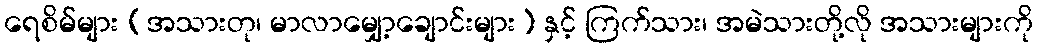
ရေစိမ်များ (အသားတု၊ မာလာမျှော့ချောင်းများ) နှင့် ကြက်သား၊ အမဲသားတို့လို အသားများကို